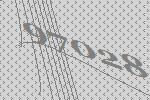
97028